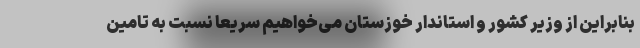
بنابراین از وزیر کشور و استاندار خوزستان می‌خواهیم سریعا نسبت به تامین